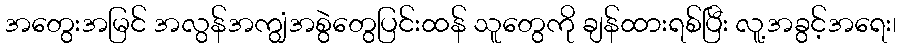
အတွေးအမြင် အလွန်အကျွံအစွဲတွေပြင်းထန် သူတွေကို ချန်ထားရစ်ပြီး လူ့အခွင့်အရေး၊